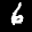
Label: 6